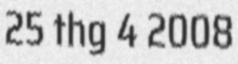
25 thg 4 2008